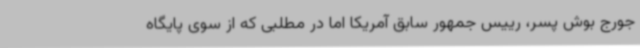
جورج بوش پسر، رییس جمهور سابق آمریکا اما در مطلبی که از سوی پایگاه